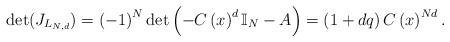
LaTeX: \begin{align*}\det(J_{L_{N,d}})=\left( -1\right) ^{N}\det\left( -C\left( x\right)^{d}\mathbb{I}_{N}-A\right) =\left( 1+dq\right) C\left( x\right) ^{Nd}.\end{align*}